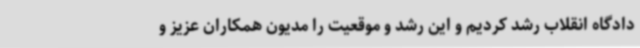
دادگاه انقلاب رشد کردیم و این رشد و موقعیت را مدیون همکاران عزیز و